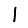
Digit: 1